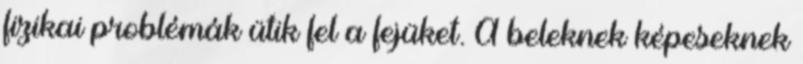
fizikai problémák ütik fel a fejüket. A beleknek képeseknek